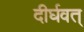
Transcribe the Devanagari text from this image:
दीर्घवत्‌